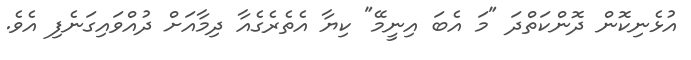
އުޅެނިކޮން ދޮންކަތްދަ "މަ އެބަ އިނީމޭ" ކިޔާ އެތެރެގެއާ ދިމާއަށް ދުއްވައިގަނެފި އެވެ.